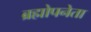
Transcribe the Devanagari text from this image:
ब्रह्मोपनेता